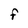
Character: f